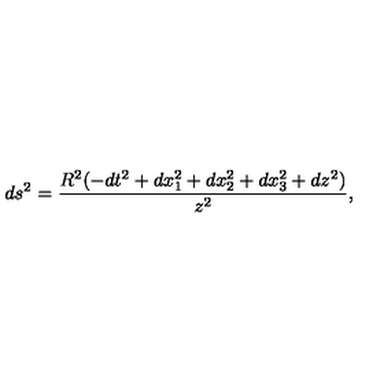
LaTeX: d s ^ { 2 } = { \frac { R ^ { 2 } ( - d t ^ { 2 } + d x _ { 1 } ^ { 2 } + d x _ { 2 } ^ { 2 } + d x _ { 3 } ^ { 2 } + d z ^ { 2 } ) } { z ^ { 2 } } } ,